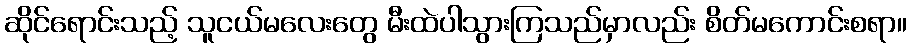
ဆိုင်ရောင်းသည့် သူငယ်မလေးတွေ မီးထဲပါသွားကြသည်မှာလည်း စိတ်မကောင်းစရာ။